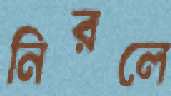
নিরলে